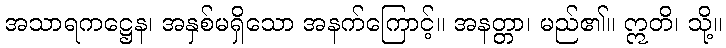
အသာရကဋ္ဌေန၊ အနှစ်မရှိသော အနက်ကြောင့်။ အနတ္တာ၊ မည်၏။ ဣတိ၊ သို့။